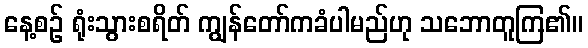
နေ့စဉ် ရုံးသွားစရိတ် ကျွန်တော်ကခံပါမည်ဟု သဘောတူကြ၏။